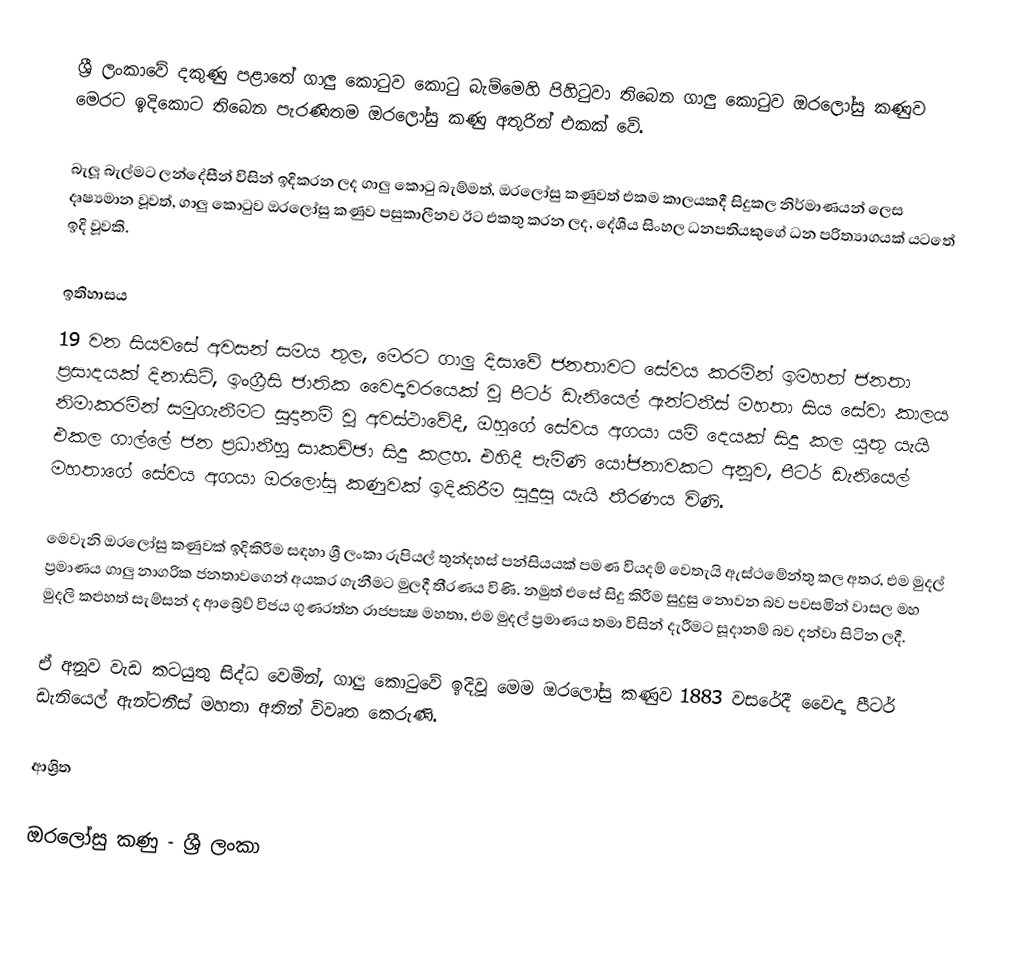
ශ්‍රී ලංකාවේ දකුණු පළාතේ ගාලු කොටුව කොටු බැම්මෙහි පිහිටුවා තිබෙන ගාලු කොටුව ඔරලෝසු කණුව මෙරට ඉදිකොට තිබෙන පැරණිතම ඔරලෝසු කණු අතුරින් එකක් වේ.

බැලූ බැල්මට ලන්දේසීන් විසින් ඉදිකරන ලද ගාලු කොටු බැම්මත්, ඔරලෝසු කණුවත් එකම කාලයකදී සිදුකල නිර්මාණයන් ලෙස දෘෂ්‍යමාන වූවත්, ගාලු කොටුව ඔරලෝසු කණුව පසුකාලීනව ඊට එකතු කරන ලද, දේශීය සිංහල ධනපතියකුගේ ධන පරිත්‍යාගයක් යටතේ ඉදි වූවකි.

ඉතිහාසය
19 වන සියවසේ අවසන් සමය තුල, මෙරට ගාලු දිසාවේ ජනතාවට සේවය කරමින් ඉමහත් ජනතා ප්‍රසාදයක් දිනාසිටි, ඉංග්‍රීසි ජාතික වෛද්‍යවරයෙක්‌ වූ පීටර් ඩැනියෙල් ඇන්ටනීස්‌ මහතා සිය සේවා කාලය නිමාකරමින් සමුගැනීමට සූදානම් වූ අවස්ථාවේදී, ඔහුගේ සේවය අගයා යම් දෙයක් සිදු කල යුතු යැයි එකල ගාල්ලේ ජන ප්‍රධානීහූ සාකච්ඡා සිදු කළහ. එහිදී පැමිණි යෝජනාවකට අනූව, පීටර් ඩැනියෙල් මහතාගේ සේවය අගයා ඔරලෝසු කණුවක්‌ ඉදිකිරීම සුදුසු යැයි තීරණය විණි.

මෙවැනි ඔරලෝසු කණුවක් ඉදිකිරීම සඳහා ශ්‍රී ලංකා රුපියල් තුන්දහස්‌ පන්සියයක්‌ පමණ වියදම් වෙතැයි ඇස්ථමේන්තු කල අතර, එම මුදල් ප්‍රමාණය ගාලු නාගරික ජනතාවගෙන් අයකර ගැනීමට මුලදී තීරණය විණි. නමුත් එසේ සිදු කිරීම සුදුසු නොවන බව පවසමින් වාසල මහ මුදලි කළුහත් සැම්සන් ද ආබ්‍රේව් විජය ගුණරත්න රාජපක්‍ෂ මහතා, එම මුදල් ප්‍රමාණය තමා විසින් දැරීමට සූදානම් බව දන්වා සිටින ලදී.

ඒ අනූව වැඩ කටයුතු සිද්ධ වෙමින්, ගාලු කොටුවේ ඉදිවූ මෙම ඔරලෝසු කණුව 1883 වසරේදී වෛද්‍ය පීටර් ඩැනියෙල් ඇන්ටනීස්‌ මහතා අතින් විවෘත කෙරුණි.

ආශ්‍රිත

ඔරලෝසු කණු - ශ්‍රී ලංකා